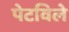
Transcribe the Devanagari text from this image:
पेटविले